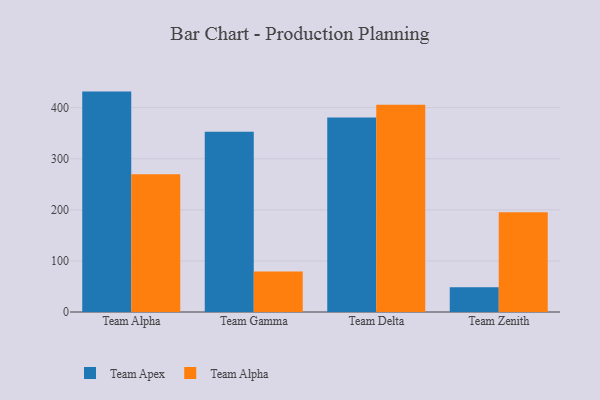
{"axis": {"x": "Team", "y": "Budget (USD K)"}, "legend": ["Team Alpha", "Team Apex"], "data": [{"x": "Team Alpha", "y": 431.4, "type": "Team Apex"}, {"x": "Team Alpha", "y": 269.7, "type": "Team Alpha"}, {"x": "Team Gamma", "y": 352.9, "type": "Team Apex"}, {"x": "Team Gamma", "y": 79.1, "type": "Team Alpha"}, {"x": "Team Delta", "y": 380.8, "type": "Team Apex"}, {"x": "Team Delta", "y": 405.8, "type": "Team Alpha"}, {"x": "Team Zenith", "y": 48.2, "type": "Team Apex"}, {"x": "Team Zenith", "y": 195.2, "type": "Team Alpha"}]}